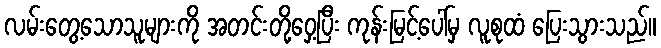
လမ်းတွေ့သောသူများကို အတင်းတို့ဝှေ့ပြီး ကုန်းမြင့်ပေါ်မှ လူစုထံ ပြေးသွားသည်။